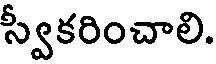
స్వీకరించాలి.